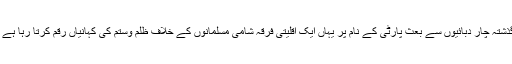
گذشتہ چار دبائیوں سے بعث پارٹی کے نام پر یہاں ایک اقلیتی فرقہ شامی مسلمانوں کے خلاف ظلم وستم کی کہانیاں رقم کرتا رہا ہے ۔